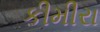
કીમીરા